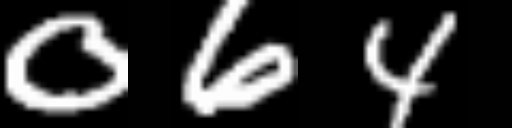
Text: 064